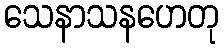
သေနာသနဟေတု